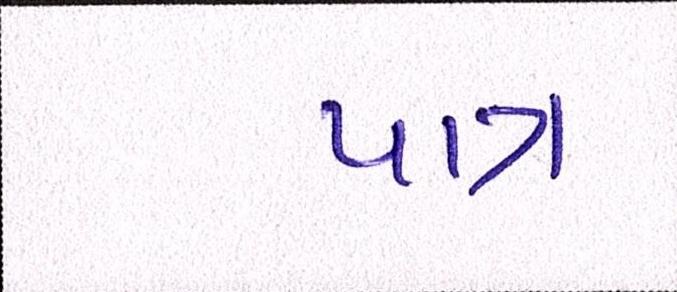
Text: પાત્ર